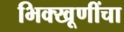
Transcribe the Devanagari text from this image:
भिक्खूणींचा